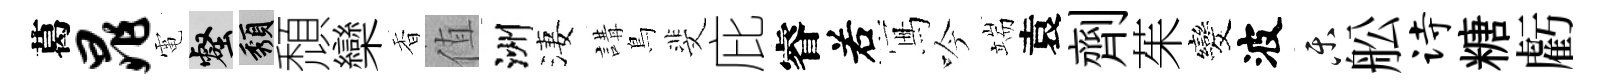
葛晁電壑頽頹欒香值洲淒講鳥斐庇睿𠰥冩吟端袁劑茱发波乐舩诗糖虧